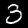
Digit: 3